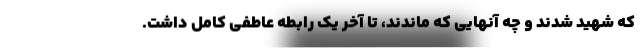
که شهید شدند و چه آنهایی که ماندند، تا آخر یک رابطه عاطفی کامل داشت.